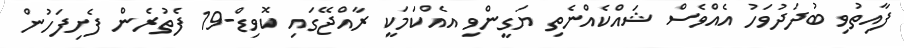
ފާއިތުވި ބުދަދުވަހު އެއްވެސް ޝައްކެއްނެތި ޔަގީންވި އެއްކަމަކީ ރާއްޖޭގައި ކޮވިޑް-19 ފެތުރެން ފެށިފަހުން